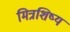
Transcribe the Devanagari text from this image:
मित्रशिष्य